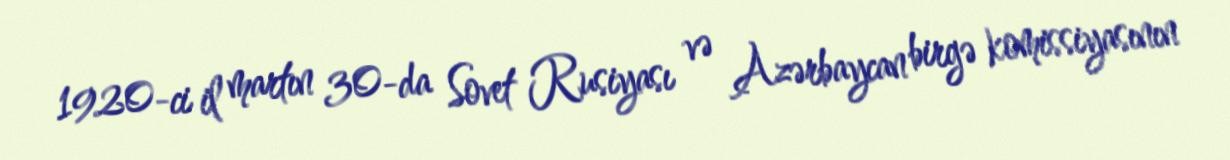
1920-ci il martın 30-da Sovet Rusiyası və Azərbaycan birgə komissiyasının